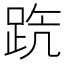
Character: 𨀫